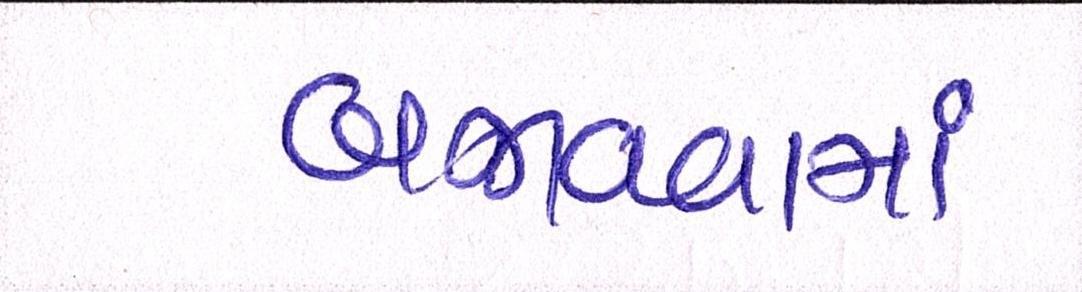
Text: બજાવવામાં